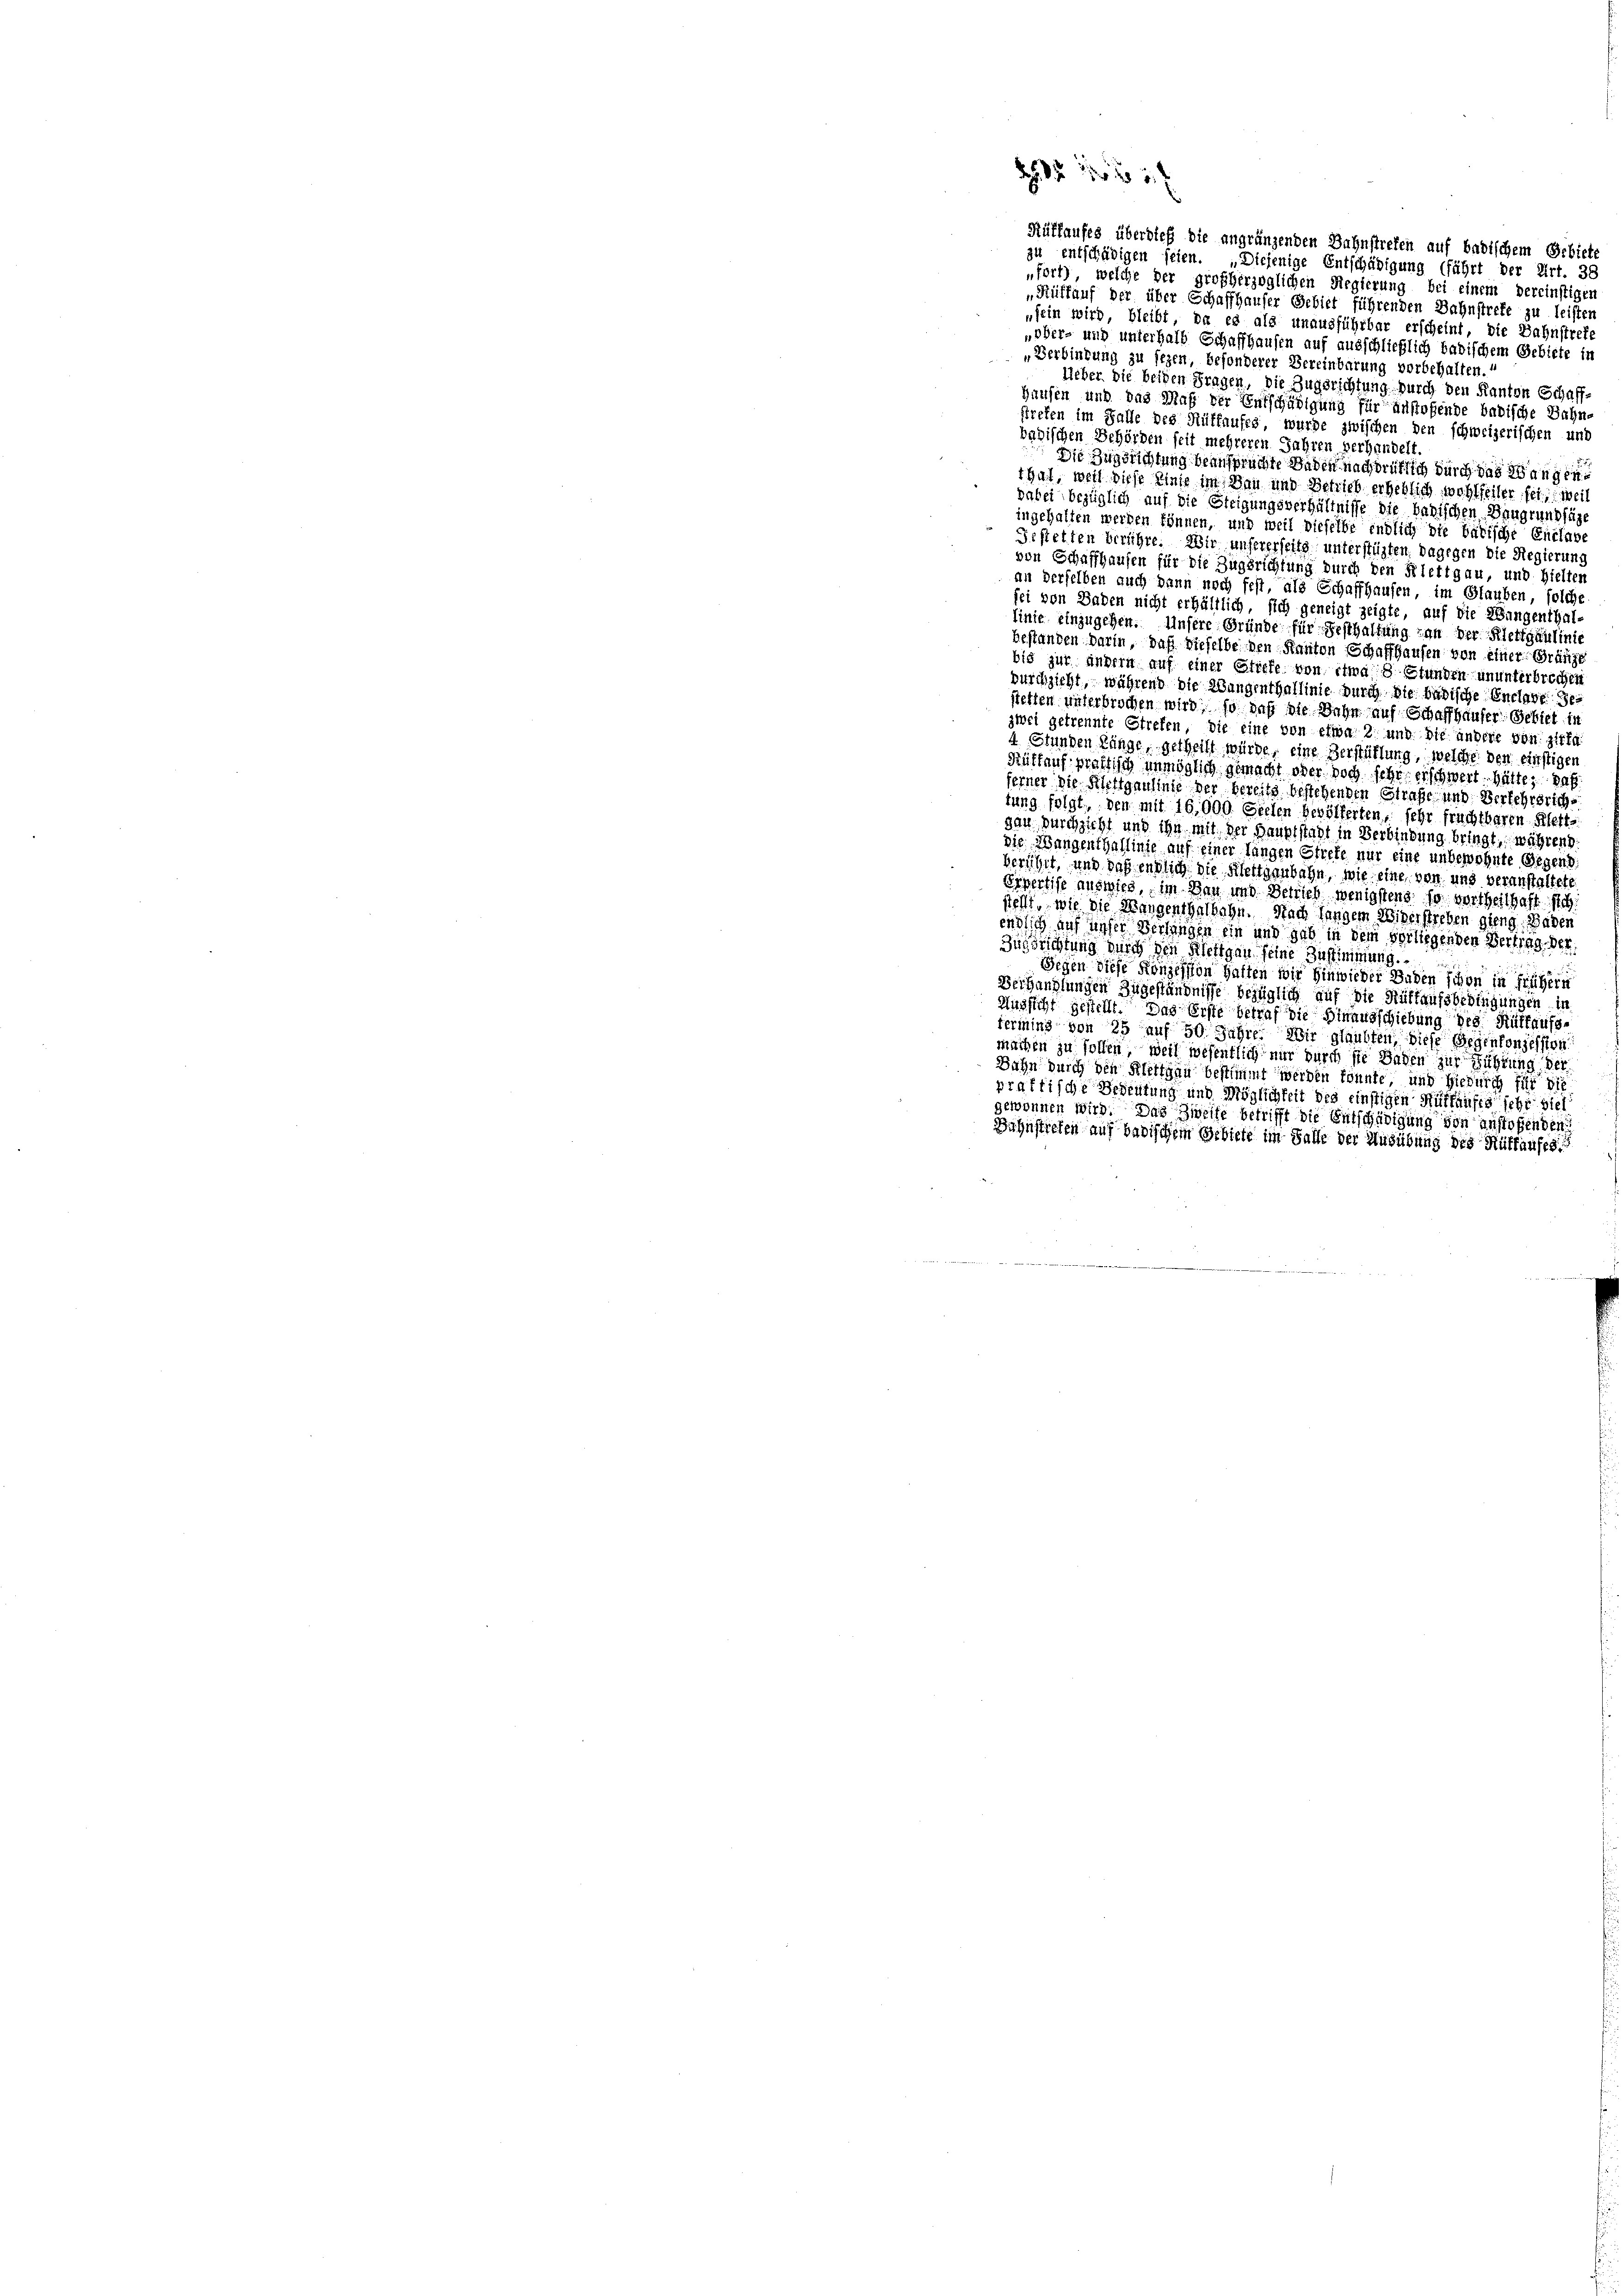
23 24 x

Rüffaufes überdieß die angränzenden Bahnstreten auf badischem Gebiete

zu entschädigen seien. „Diejenige Entschädigung (fährt der Art. 38
„fort, welche der großherzoglichen Regierung bei einem vereinstigen
„Rüffauf der über Schaffhauser Gebiet führenden Bahnstrete zu leisten
„sein wird, bleibt, da es als unausführbar erscheint, die Bahnstrete
„ober- und unterhalb Schaffhausen auf ausschließlich badischem Gebiete in
„Verbindung zu sezen, besonderer Vereinbarung vorbehalten.
Ueber die beiden Fragen, die Zugsrichtung durch den Kanton Schaff-
Hausen und das Maß der Entschädigung für anstoffende badische Wahne
streten im Falle des Rüffaufes, wurde zwischen den schweizerischen und
badischen Behörden seit mehreren Jahren verhandelt.
Die Zugerichtung beanspruchte Baden nachdrüklich durch das Wangen
that, weil diese Zinse im Bau und Betrieb erheblich wohlfeiler fei, weil
dabei bezüglich auf die Steigungsverhältnisse die badischen Baugrung füg
ingehalten werden können, und weil dieselbe endlich die bätische Entlade
Gestetten berühre. Wir unsererseits unterstüzten dagegen die Regierung
von Schaffhausen für die Zugsrichtung durch den Klettgau, und hielter
an derselben auch dann noch fest, als Schaffhausen, im Glauben, solche
sei von Baden nicht erhältlich, sich geneigt zeigte, auf die Wangenthal-
linie einzugehen. Unsere Gründe für Festhaltung an der Klettgaulinie
bestanden darin, daß dieselbe den Kanton Schaffhausen von einer Gränze
bis zur andern auf einer Stiefe von etwa 8 Stunden ununterbrechen
durchzieht, während die Wangenthallinie durch die badische Entlast gestetten unterbrochen wird, so daß die Bahn auf Schaffhauser Gebiet in
zwei getrennte Strefen, die eine von etwa 2 und die andere von zitte
4 Stunden Ränge, getheilt würde, eine Zerstühlung, welche den einstigen
Rültaufprastisch unmöglich gemacht oder doch sehr erschwert hätte, daß
ferner die Filettgaulinie der bereits bestehenden Strafe und Verkehrsrichtung folgt, den mit 16,000. Seelen bevölkerten, sehr fruchtbaren Klett.
gan durchsicht und ihn mit der Hauptstadt in Verbindung bringt, während
die Wangenthallinie auf einer Langen Strete nur eine unbewohnte Gegens
beruhet, und daß endlich die Klettgaubahn, wie eine, von uns veranstaltete
Erpertise auswies, im Bau und Betrieb wenigstens, so vortheilhaft steh
stellt, wie die Wangenthalbahn. Nach langem Widerstreben gieng. Baden
endlich auf unser Verlangen ein und gab in dem vorliegenden Vertrag. Der
Zugsrichtung durch den Klettgau seine Zustimmung.
Gegen diese Konzession hatten wir hinwieder Baden schon in frühern
Verhandlungen Zugeständnisse bezüglich auf die Müttaufsbedingungen, in
Aussicht gestellt. Das Erste betraf die Hinausschiebung des Hülfaufsferming von 25 auf 50 Jahre. Wir glaubten, diese Gegenkonzessten
machen zu sollen, weil wesentlich nur durch sie Baden zur Führung der
Bahn durch den Klettgau bestimmt werden könnte, und hiedurch für die
praffische Bedeutung und Möglichkeit des einstigen Auffaufes sehr viel
gewonnen wird. Das Zweife betrifft die Entschädigung von anstoffenden
Bahnstreten auf badischem Gebiete im Falle der Ausübung des Ruffaufes.“